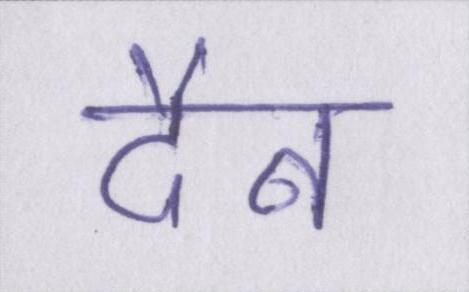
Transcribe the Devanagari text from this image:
दैन